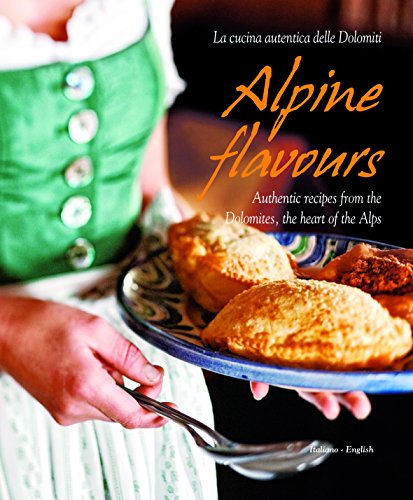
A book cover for Alpine Flavours: Authentic recipes from the Dolomites, the heart of the Alps; Miriam Bacher; Cookbooks, Food & Wine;